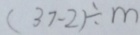
( 3 7 - 2 ) \div m